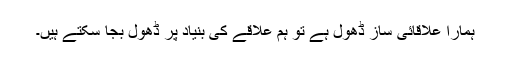
ہمارا علاقائی ساز ڈھول ہے تو ہم علاقے کی بنیاد پر ڈھول بجا سکتے ہیں۔